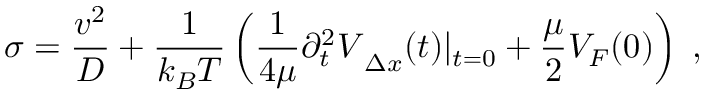
\sigma = \frac { v ^ { 2 } } { D } + \frac { 1 } { k _ { B } T } \left( \frac { 1 } { 4 \mu } { \partial _ { t } ^ { 2 } \cal V } _ { \Delta x } ( t ) | _ { t = 0 } + \frac { \mu } { 2 } { \cal V } _ { F } ( 0 ) \right) \; ,